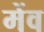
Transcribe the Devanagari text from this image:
मेंव